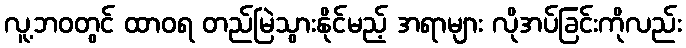
လူ့ဘဝတွင် ထာဝရ တည်မြဲသွားနိုင်မည့် အရာများ လိုအပ်ခြင်းကိုလည်း